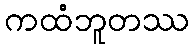
ကထံဘူတဿ